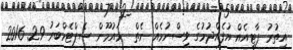
އިތުރު ޕާޓީއެއް އުފެއްދުމުގެ ވިސްނުމެއް ނެތް  މައުމޫން ސެޕްޓެމްބަރު 29